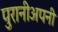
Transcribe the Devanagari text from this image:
पुरानीअपनी